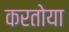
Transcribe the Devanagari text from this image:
करतोया